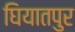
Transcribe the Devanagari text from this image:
घियातपुर